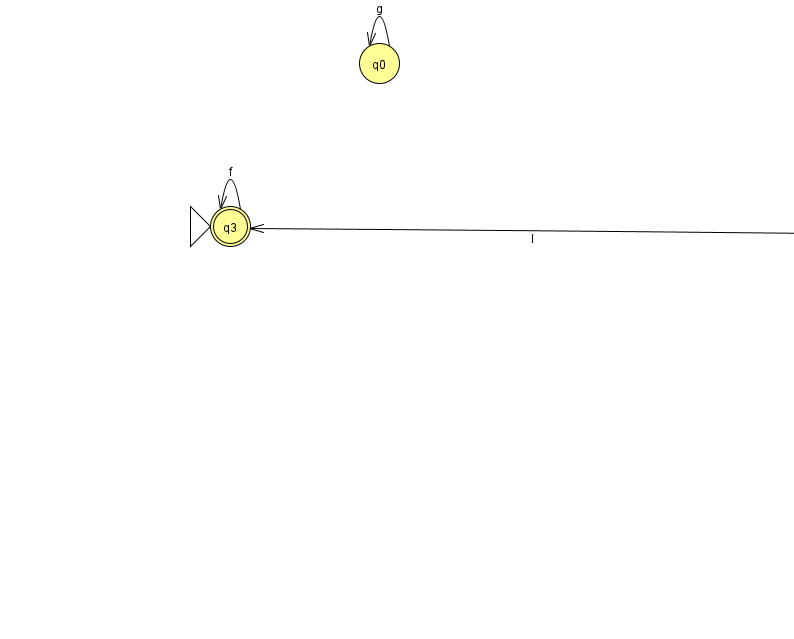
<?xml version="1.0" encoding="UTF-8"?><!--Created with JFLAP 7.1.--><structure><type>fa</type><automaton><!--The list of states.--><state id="0" name="q0"><x>379.0</x><y>50.0</y></state><state id="2" name="q2"><x>837.0</x><y>218.0</y></state><state id="3" name="q3"><x>230.0</x><y>213.0</y><initial/><final/></state><!--The list of transitions.--><transition><from>3</from><to>3</to><read>f</read></transition><transition><from>0</from><to>0</to><read>g</read></transition><transition><from>2</from><to>3</to><read>I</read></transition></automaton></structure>